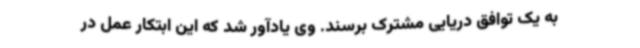
به یک توافق دریایی مشترک برسند. وی یادآور شد که این ابتکار عمل در